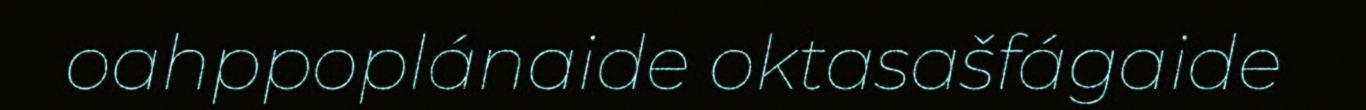
oahppoplánaide oktasašfágaide